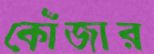
কোঁজার